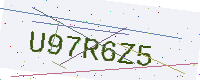
Text: U97R6Z5